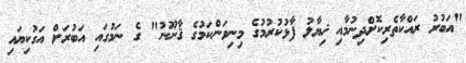
"އަބުރު ރައްކާތެރިކޮށްދިނުމާއި ޚިޔާލު ފާޅުކުރުމުގެ މިނިވަންކަމުގެ ޤާނޫނު" ގެ ނަމުގައި އަބުރަށް އަގުކިޔައި